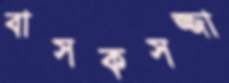
বাসকসজ্জা